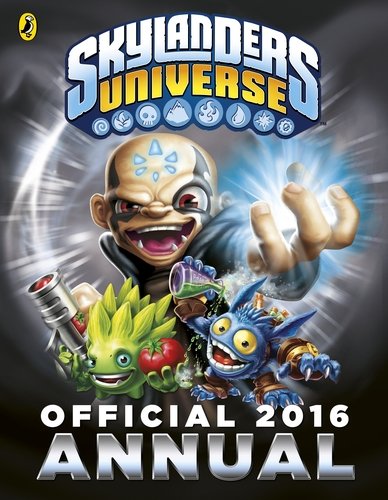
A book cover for Skylanders Official Annual 2016; Puffin; Children's Books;